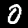
Digit: 0